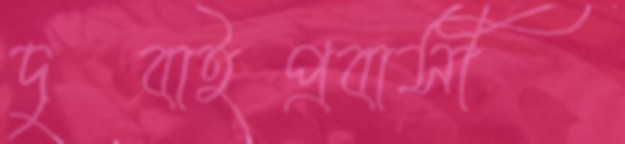
দুবাইপ্রবাসী